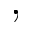
,